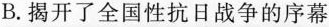
B.揭开了全国性抗日战争的序幕